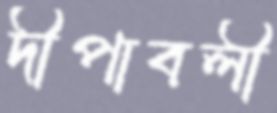
দীপাবলী